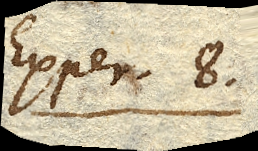
Exper. 8.